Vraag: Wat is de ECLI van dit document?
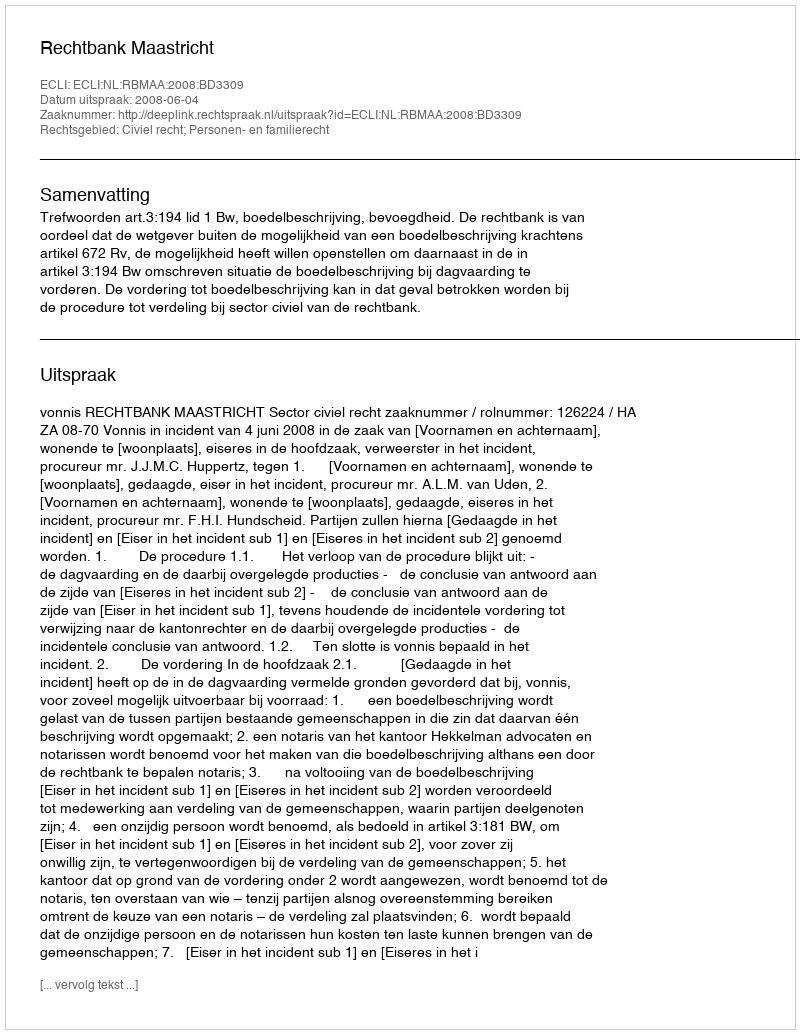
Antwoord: ECLI:NL:RBMAA:2008:BD3309